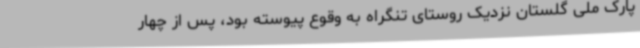
پارک ملی گلستان نزدیک روستای تنگراه به وقوع پیوسته بود، پس از چهار